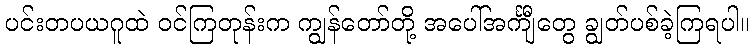
ပင်းတပယဂူထဲ ဝင်ကြတုန်းက ကျွန်တော်တို့ အပေါ်အင်္ကျီတွေ ချွတ်ပစ်ခဲ့ကြရပါ။